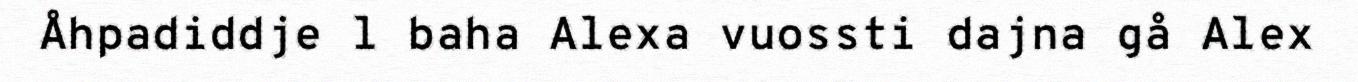
Åhpadiddje l baha Alexa vuossti dajna gå Alex